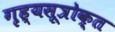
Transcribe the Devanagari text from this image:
गृह्यसूत्रोक्त